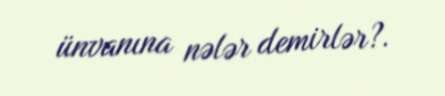
ünvanına nələr demirlər?.